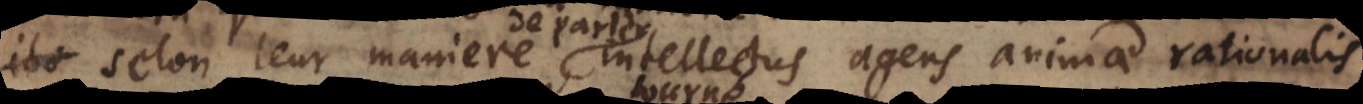
selon leur maniere, intellectus agens animae rationalis.